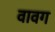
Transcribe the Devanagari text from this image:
वावग